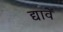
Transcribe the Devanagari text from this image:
द्यावें